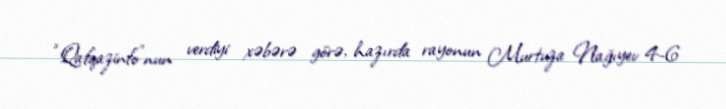
“Qafqazinfo”nun verdiyi xəbərə görə, hazırda rayonun Murtuza Nağıyev 4-6